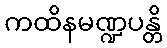
ကထိနမဏ္ဍပန္တိ